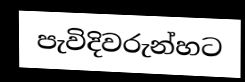
පැවිදිවරුන්හට